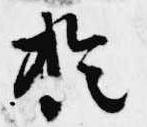
於